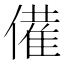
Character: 𬿡